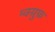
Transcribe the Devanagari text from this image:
म्क्ग्रुफ़